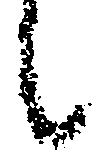
候